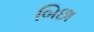
બિછા